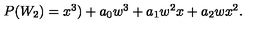
\begin{array} { l c r } { P ( W _ { 2 } ) = x ^ { 3 } ) + a _ { 0 } w ^ { 3 } + a _ { 1 } w ^ { 2 } x + a _ { 2 } w x ^ { 2 } . } \\ \end{array}